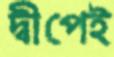
দ্বীপেই